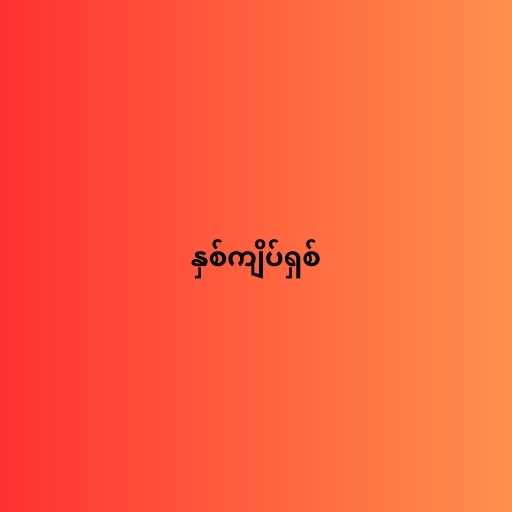
နှစ်ကျိပ်ရှစ်